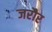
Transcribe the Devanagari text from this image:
जरौर